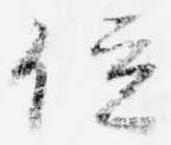
位